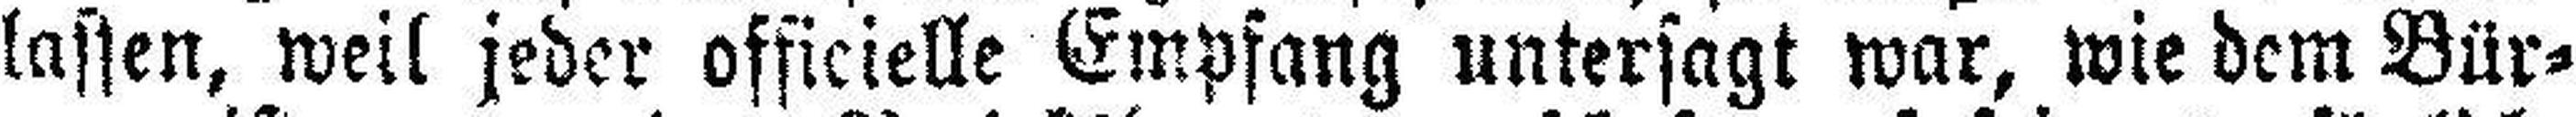
lassen, weil jeder officielle Empfang untersagt war, wie dem Bür¬